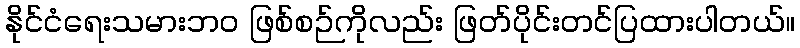
နိုင်ငံရေးသမားဘဝ ဖြစ်စဉ်ကိုလည်း ဖြတ်ပိုင်းတင်ပြထားပါတယ်။